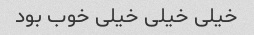
خیلی خیلی خیلی خوب بود